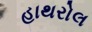
હાથરોલ